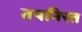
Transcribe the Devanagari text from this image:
तपनिरत